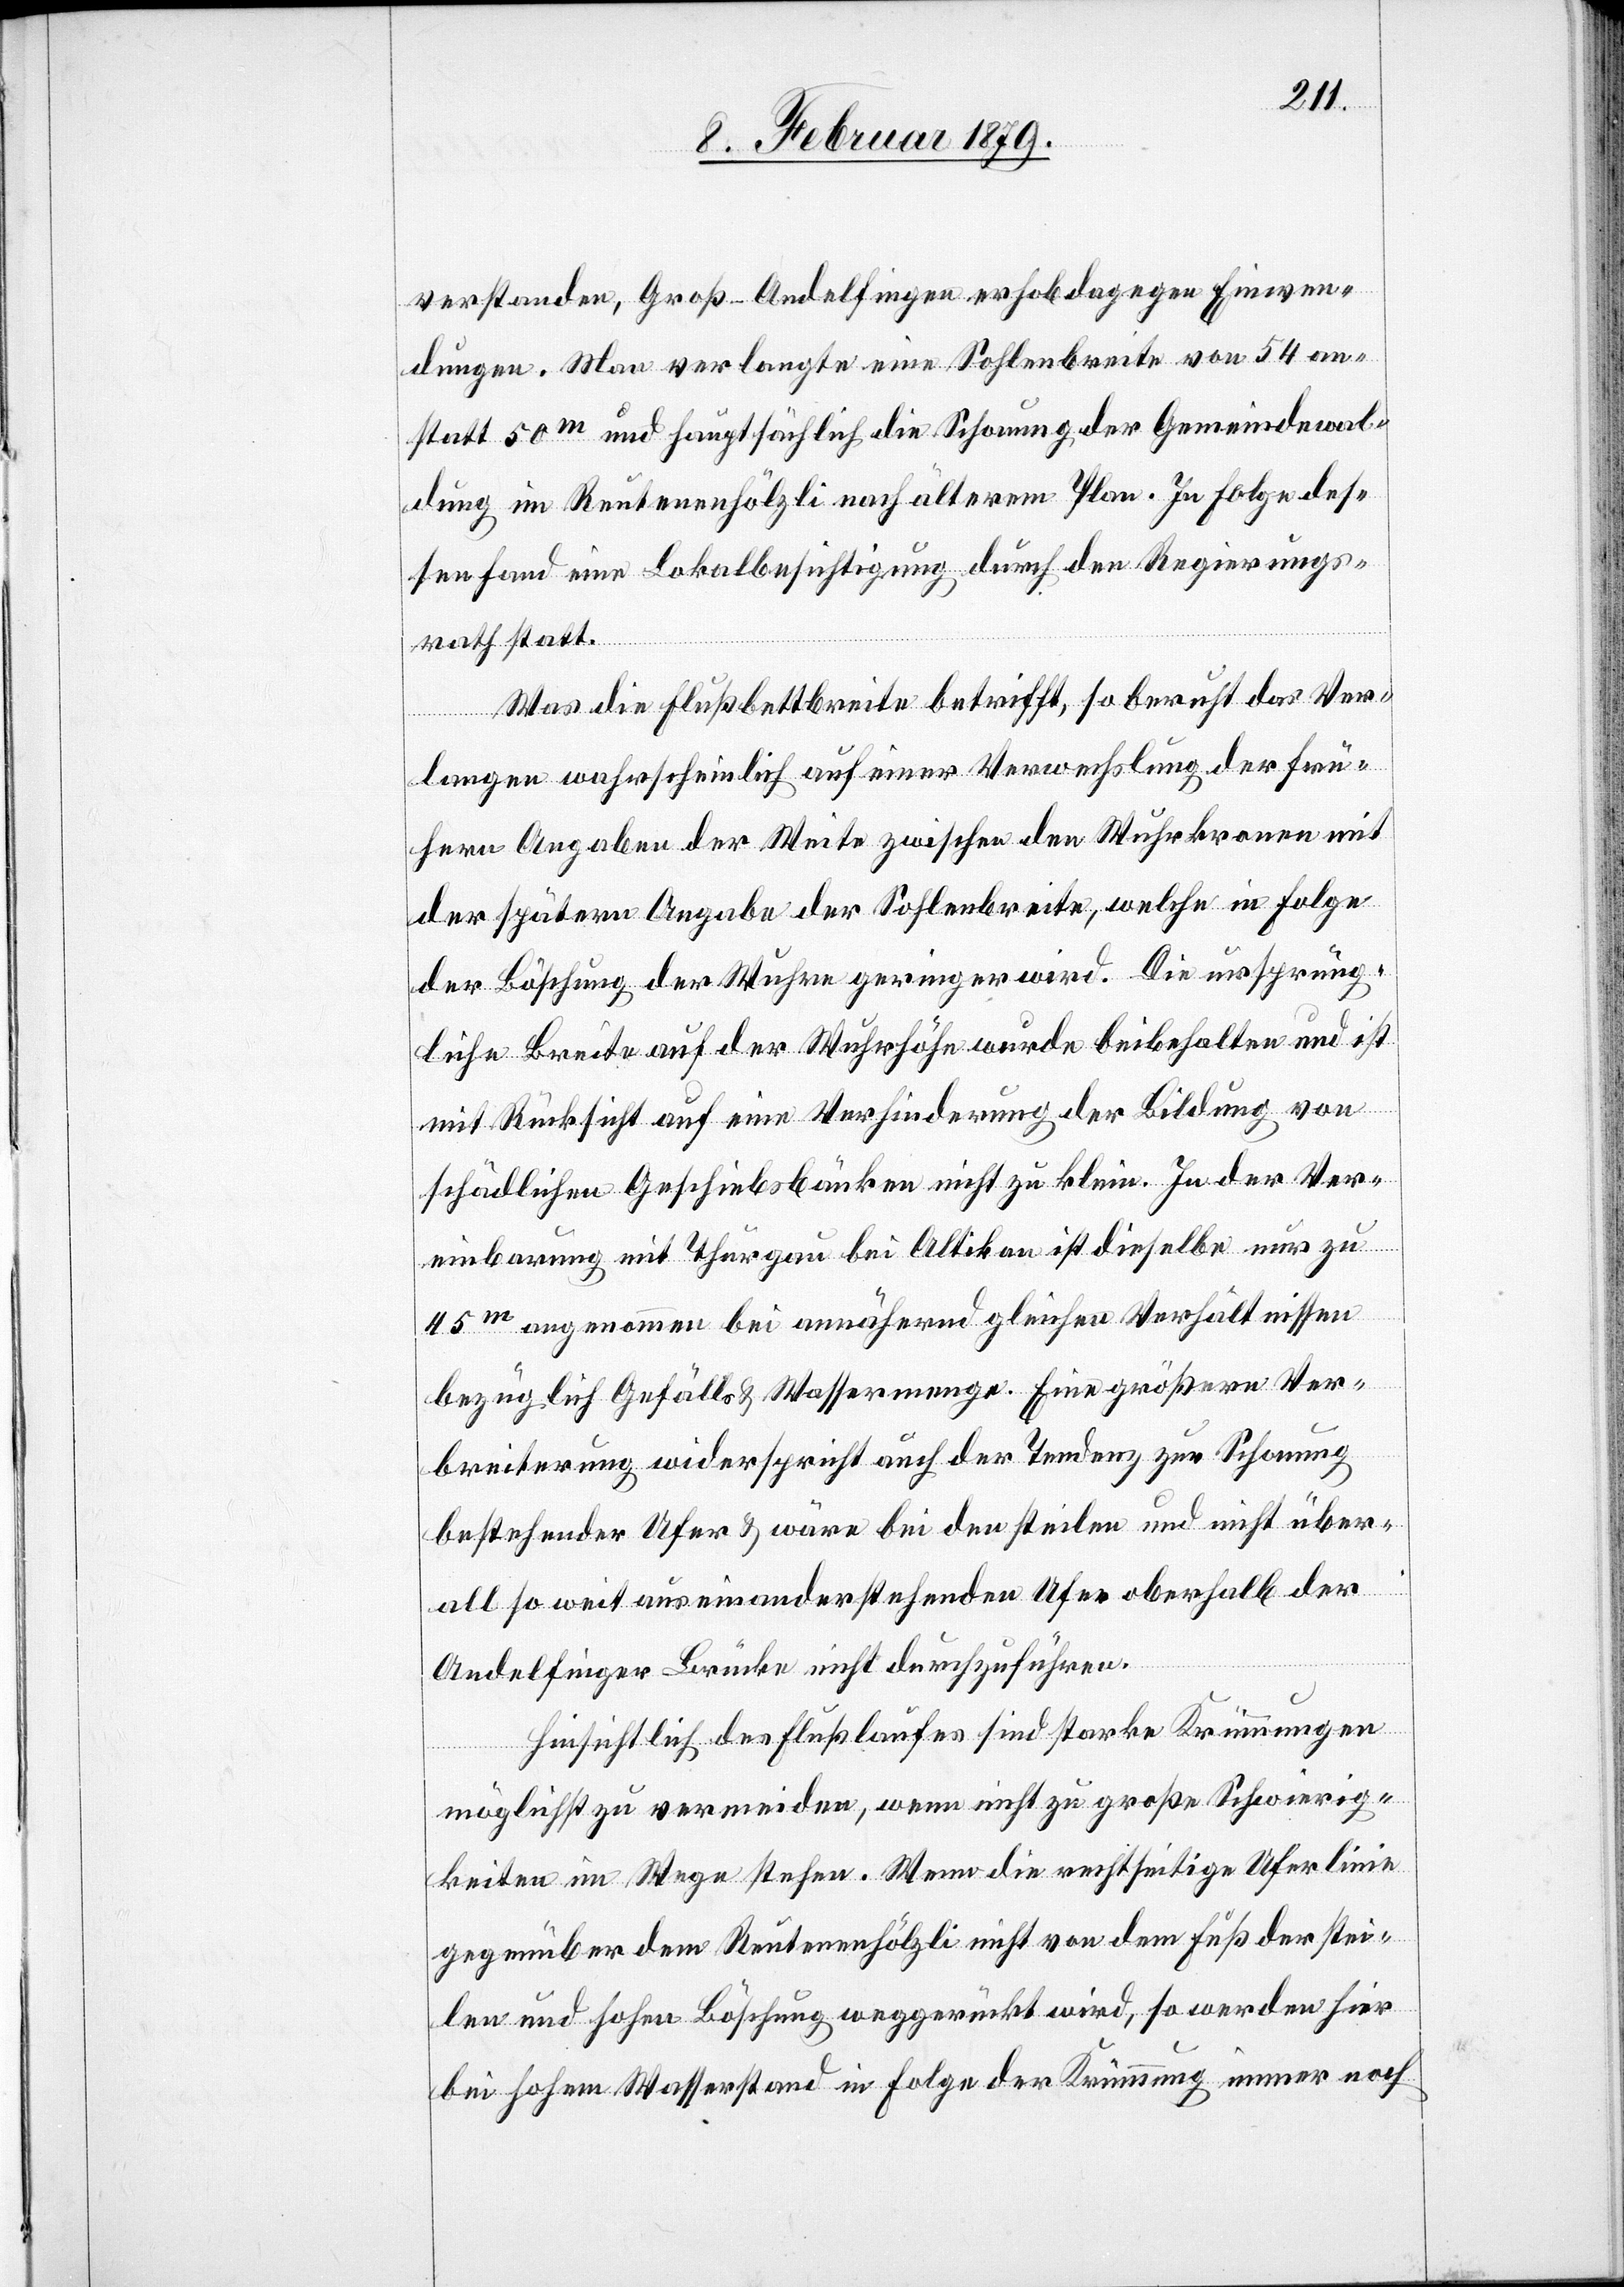
verstanden, Groß-Andelfingen erhob dagegen Einwen¬
dungen. Man verlangte eine Sohlenbreite von 54 an¬
statt 50m und hauptsächlich die Schonung der Gemeindewal¬
dung im Reutenenhölzli nach älterm Plan. In Folge des¬
sen fand eine Lokalbesichtigung durch den Regierungs¬
rath statt.
Was die Flußbettbreite betrifft, so beruht das Ver¬
langen wahrscheinlich auf einer Verwechslung der frü¬
hern Angaben der Weite zwischen den Wuhrkronen mit
der spätern Angabe der Sohlenbreite, welche in Folge
der Böschung der Wuhre geringer wird. Die ursprüng¬
liche Breite auf der Wuhrhöhe wurde beibehalten und ist
mit Rücksicht auf eine Verhinderung der Bildung von
schädlichen Geschiebsbänken nicht zu klein. In der Ver¬
einbarung mit Thurgau bei Altikon ist dieselbe nur zu
45m angenommen bei annähernd gleichen Verhältnissen
bezüglich Gefälls & Wassermenge. Eine größere Ver¬
breiterung widerspricht auch der Tendenz zur Schonung
bestehender Ufer & wäre bei den steilen und nicht über¬
all so weit auseinanderstehenden Ufer oberhalb der
Andelfinger Brücke nicht durchzuführen.
Hinsichtlich des Flußlaufes sind starke Krümmungen
möglichst zu vermeiden, wenn nicht zu große Schwierig¬
keiten im Wege stehen. Wenn die rechtseitige Uferlinie
gegenüber dem Reutenenhölzli nicht von dem Fuß der stei¬
len und hohen Böschung weggerückt wird, so werden hier
bei hohem Wasserstand in Folge der Krümmung immer noch